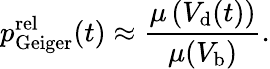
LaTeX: p_{\mathrm{Geiger}}^{\mathrm{rel}}(t)\approx\frac{\mu\left(V_{\mathrm{d}}(t)\right)}{\mu(V_{\mathrm{b}})}.